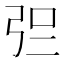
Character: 𰐓